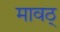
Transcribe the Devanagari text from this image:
मावठ्